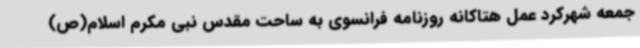
جمعه شهرکرد عمل هتاکانه روزنامه فرانسوی به ساحت مقدس نبی مکرم اسلام(ص)